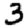
Digit: 3